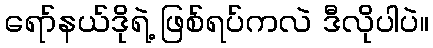
ရော်နယ်ဒိုရဲ့ ဖြစ်ရပ်ကလဲ ဒီလိုပါပဲ။